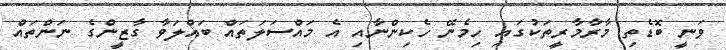
ވަނީ ބޮޑެތި މާރާމާރީތަކުގައި ހިމެނޭ ހެކިންނާއި އެ މައްސަލަތައް ބައްލަވާ ގާޒީންގެ ނަންތައް